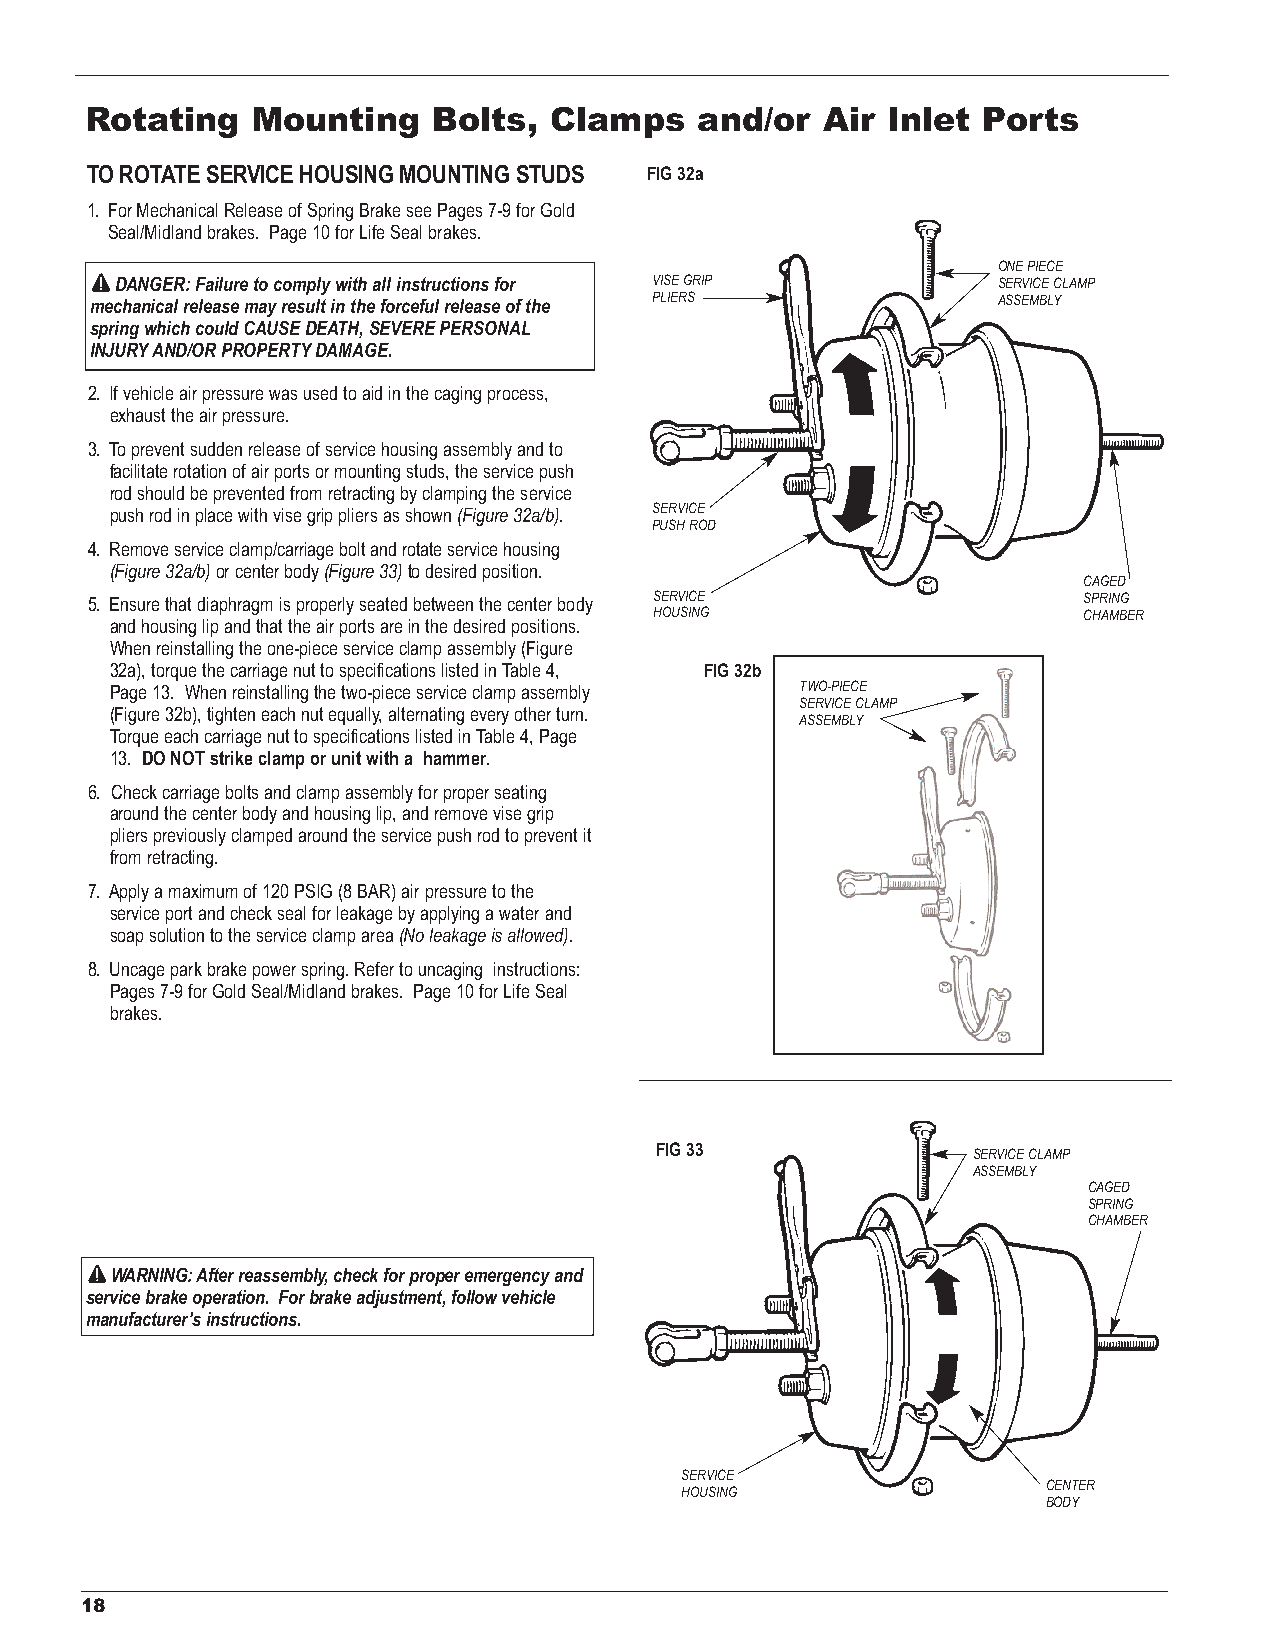
Rotating   Mounting    Bolts, Clamps    and/or  Air  Inlet Ports
 TO ROTATE SERVICE HOUSING MOUNTING STUDS FIG 32a
 1. For Mechanical Release of Spring Brake see Pages 7-9 for Gold
 Seal/Midland brakes. Page 10 for Life Seal brakes.
 ONE PIECE
 DANGER: Failure to comply with all instructions for VISE GRIP SERVICE CLAMP
 mechanical release may result in the forceful release of the PLIERS ASSEMBLY
 spring which could CAUSE DEATH, SEVERE PERSONAL
 INJURYAND/OR PROPERTYDAMAGE.
 2. If vehicle air pressure was used to aid in the caging process,
 exhaust the air pressure.
 3. To prevent sudden release of service housing assembly and to
 facilitate rotation of air ports or mounting studs, the service push
 rod should be prevented from retracting by clamping the service
 push rod in place with vise grip pliers as shown(Figure 32a/b). SERVICE
 PUSH ROD
 4. Remove service clamp/carriage bolt and rotate service housing
 (Figure 32a/b)or center body (Figure 33)to desired position.
 CAGED
 5. Ensure that diaphragm is properly seated between the center body SERVICE SPRING
 HOUSING                      CHAMBER
 and housing lip and that the air ports are in the desired positions.
 When reinstalling the one-piece service clamp assembly (Figure
 32a), torque the carriage nut to specifications listed in Table 4, FIG 32b
 Page 13. When reinstalling the two-piece service clamp assembly TWO-PIECE
 SERVICE CLAMP
 (Figure 32b), tighten each nut equally, alternating every other turn.
 ASSEMBLY
 Torque each carriage nut to specifications listed in Table 4, Page
 13. DO NOT strike clamp or unit with a hammer.
 6. Check carriage bolts and clamp assembly for proper seating
 around the center body and housing lip, and remove vise grip
 pliers previously clamped around the service push rod to prevent it
 from retracting.
 7. Apply a maximum of 120 PSIG (8 BAR) air pressure to the
 service port and check seal for leakage by applying a water and
 soap solution to the service clamp area(No leakage is allowed).
 8. Uncage park brake power spring. Refer to uncaging instructions:
 Pages 7-9 for Gold Seal/Midland brakes. Page 10 for Life Seal
 brakes.
 FIG 33
 SERVICE CLAMP
 ASSEMBLY
 CAGED
 SPRING
 CHAMBER
 WARNING: After reassembly, check for proper emergency and
 service brake operation. For brake adjustment, follow vehicle
 manufacturer’s instructions.
 SERVICE
 CENTER
 HOUSING
 BODY
 18